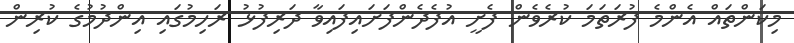
މިކަންތައް އެންމެ ފުރަތަމަ ކުރެވެން ފެށީ އުފެދެންފަށައިފައިވާ ދަރިފުޅު ރަހިމުގައި އިންދުމުގެ ކުރިން